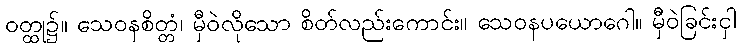
ဝတ္ထု၌။ သေဝနစိတ္တံ၊ မှီဝဲလိုသော စိတ်လည်းကောင်း။ သေဝနပယောဂေါ။ မှီဝဲခြင်းငှါ